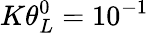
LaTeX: K\theta_{L}^{0}={{10}^{-1}}